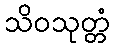
သိဝသုတ္တံ